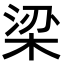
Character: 梁